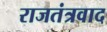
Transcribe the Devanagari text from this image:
राजतंत्रवाद